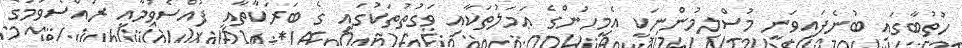
ހުތުބާގައި ބުނެފައިވަނީ މުސްލިމުންނަކީ އެމީހުންގެ ޢަމަލުތަކާއި ވަގުތުތަކުގައި ގެ ބަރަކާތާއި ފުއްސެވުމާއި ރުއްސެވުމުގެ